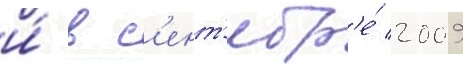
и́ в с'ент'ябр'е́ 2009